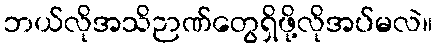
ဘယ်လိုအသိဉာဏ်တွေရှိဖို့လိုအပ်မလဲ။